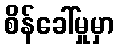
စိန်ခေါ်မှုမှာ